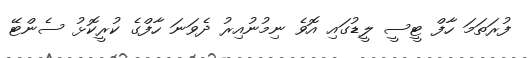
ފުރަތަމަ ހާފް ޓީސީ ލީޑުގައި އޮވެ ނިމުނުއިރު ދެވަނަ ހާފްގެ ކުރީކޮޅު ސެންޓޭ